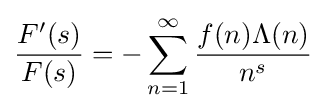
{\frac {F^{\prime }(s)}{F(s)}}=-\sum _{n=1}^{\infty }{\frac {f(n)\Lambda (n)}{n^{s}}}